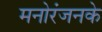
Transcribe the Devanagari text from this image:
मनोरंजनके